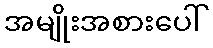
အမျိုးအစားပေါ်